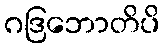
ဂဒြဘောတိပိ